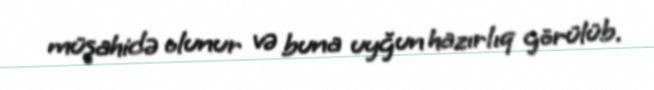
müşahidə olunur və buna uyğun hazırlıq görülüb.